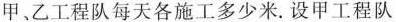
甲、乙工程队每天各施工多少米. 设甲工程队